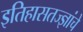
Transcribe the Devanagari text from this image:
इतिहासतज्ज्ञांचे